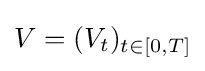
V=(V_{t})_{t\in [0,T]}